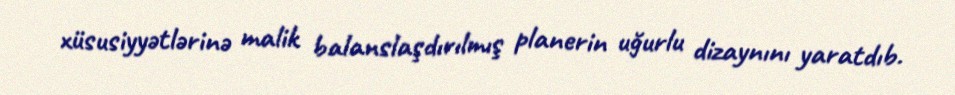
xüsusiyyətlərinə malik balanslaşdırılmış planerin uğurlu dizaynını yaratdıb.